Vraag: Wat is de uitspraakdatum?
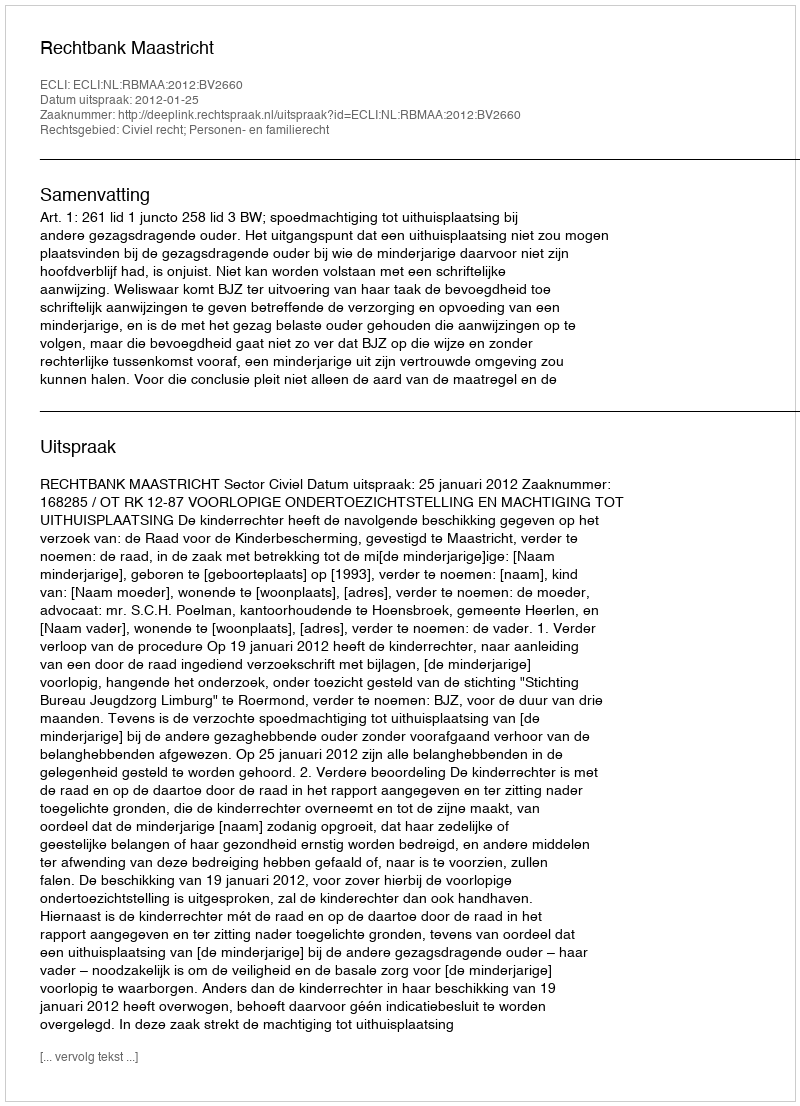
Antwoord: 2012-01-25